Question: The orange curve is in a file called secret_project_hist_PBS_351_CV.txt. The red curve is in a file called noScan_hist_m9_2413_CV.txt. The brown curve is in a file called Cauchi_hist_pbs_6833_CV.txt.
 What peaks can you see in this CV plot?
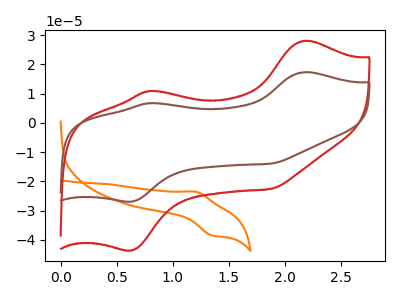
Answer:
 <answer>The orange curve "hist PBS" has an anodic peak at (1.20V, -23.60uA) and a cathodic peak at (1.35V, -38.55uA). The red curve "hist m9" has anodic peaks at (2.20V, 28.05uA) (0.80V, 10.95uA) and cathodic peaks at (0.60V, -43.65uA) (1.90V, -22.55uA). The brown curve "hist pbs" has anodic peaks at (2.20V, 17.30uA) (0.80V, 6.75uA) and cathodic peaks at (0.60V, -26.95uA) (1.90V, -13.95uA).</answer>
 <eval></eval>